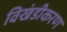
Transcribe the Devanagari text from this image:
विखंडीकरण